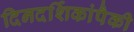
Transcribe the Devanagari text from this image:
दिनदर्शिकांपैकी